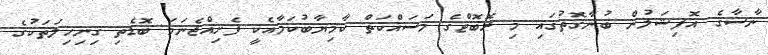
ނާސާގެ އޮފިޝަލުން ބުނާގޮތުގައި މި ރޮބޮޓްގެ މަސައްކަތް ކާމިޔާބުކަމާއެކީ ފެށިއްޖެނަމަ ބޮޑެތި ގިނިހިލަތަކުގެ